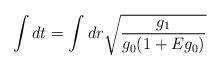
LaTeX: \begin{align*}\int dt = \int dr \sqrt{\frac{g_1}{g_0 (1 + E g_0)}} \;\end{align*}